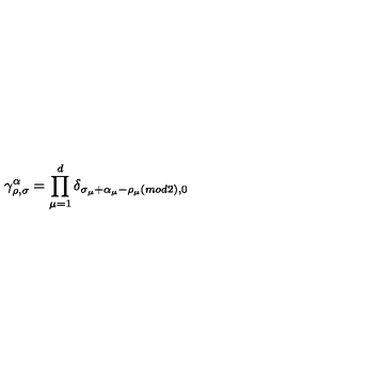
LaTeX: \gamma _ { \rho , \sigma } ^ { \alpha } = \prod _ { \mu = 1 } ^ { d } \delta _ { \sigma _ { \mu } + \alpha _ { \mu } - \rho _ { \mu } ( m o d 2 ) , 0 }